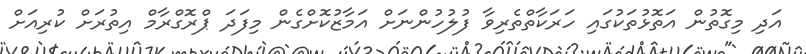
އަދި މިގޮތުން އަތޮޅުތަކުގައި ހަރަކާތްތެރިވާ ފުލުހުންނަށް އަމާޒުކޮށްގެން މިފަދަ ޕްރޮގްރާމް އިތުރަށް ކުރިއަށް